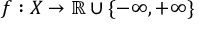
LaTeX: f : X \to \mathbb { R } \cup \{ - \infty , + \infty \}